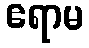
ဧရာမ